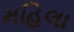
મહિલા